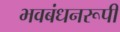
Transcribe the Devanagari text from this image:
भवबंधनरूपी